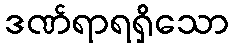
ဒဏ်ရာရရှိသော